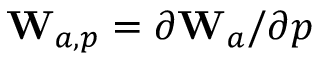
\mathbf { W } _ { a , p } = \partial \mathbf { W } _ { a } / \partial p